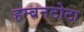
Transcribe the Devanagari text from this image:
हम्बनटोटा